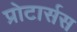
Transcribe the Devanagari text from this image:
प्रोटार्सस